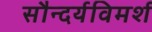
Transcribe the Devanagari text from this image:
सौन्दर्यविमर्श